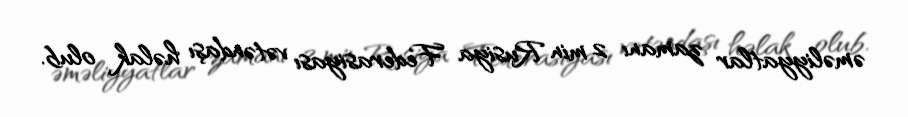
əməliyyatlar zamanı 2 min Rusiya Federasiyası vətəndaşı həlak olub.